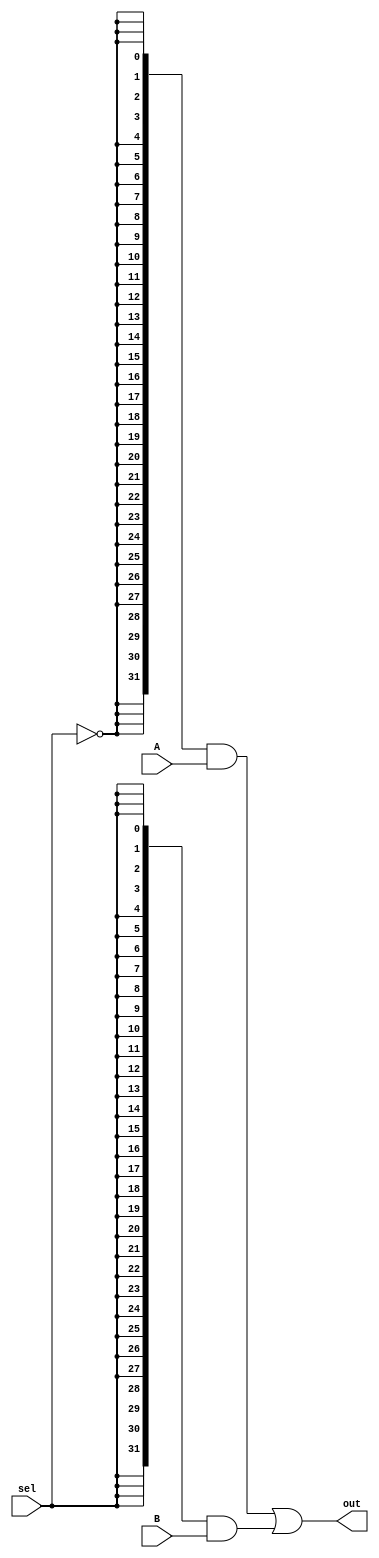
module mux2v(out, A, B, sel);

   parameter
     width = 32;

   output [width-1:0] out;
   input  [width-1:0] A, B;
   input 	      sel;

   wire [width-1:0] temp1 = ({width{(!sel)}} & A);
   wire [width-1:0] temp2 = ({width{(sel)}} & B);
   assign out = temp1 | temp2;

endmodule